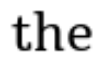
the